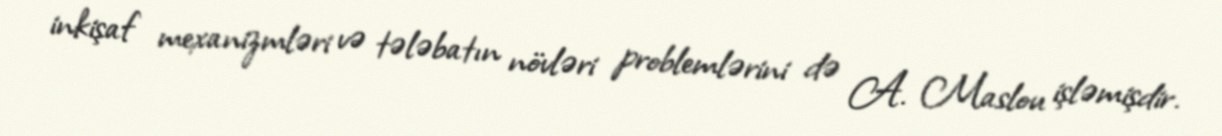
inkişaf mexanizmləri və tələbatın növləri problemlərini də A. Maslou işləmişdir.